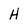
Character: H